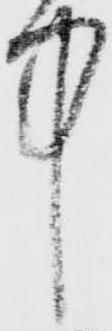
中